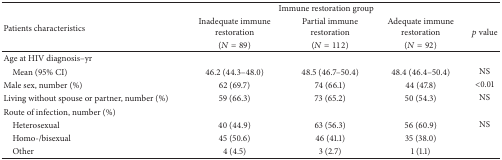
<table><thead><tr><td rowspan="3"><b>Patients characteristics</b></td><td colspan="3"><b>Immune restoration group</b></td><td rowspan="3"><b><i>p</i> value</b></td></tr><tr><td><b>Inadequate immune restoration</b></td><td><b>Partial immune restoration</b></td><td><b>Adequate immune restoration</b></td></tr><tr><td><b> (<i>N</i> = 89)</b></td><td><b> (<i>N</i> = 112)</b></td><td><b> (<i>N</i> = 92)</b></td></tr></thead><tbody><tr><td>Age at HIV diagnosis–yr</td><td> </td><td> </td><td> </td><td> </td></tr><tr><td> Mean (95% CI)</td><td>46.2 (44.3–48.0)</td><td>48.5 (46.7–50.4)</td><td>48.4 (46.4–50.4)</td><td>NS</td></tr><tr><td>Male sex, number (%)</td><td>62 (69.7)</td><td>74 (66.1)</td><td>44 (47.8)</td><td>&lt;0.01</td></tr><tr><td>Living without spouse or partner, number (%)</td><td>59 (66.3)</td><td>73 (65.2)</td><td>50 (54.3)</td><td>NS</td></tr><tr><td>Route of infection, number (%)</td><td> </td><td> </td><td> </td><td> </td></tr><tr><td> Heterosexual</td><td>40 (44.9)</td><td>63 (56.3)</td><td>56 (60.9)</td><td>NS</td></tr><tr><td> Homo-/bisexual</td><td>45 (50.6)</td><td>46 (41.1)</td><td>35 (38.0)</td><td> </td></tr><tr><td> Other</td><td>4 (4.5)</td><td>3 (2.7)</td><td>1 (1.1)</td><td> </td></tr></tbody></table>